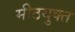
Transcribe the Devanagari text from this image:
मीठयुक्त